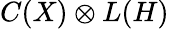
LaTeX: C(X)\otimes L(H)